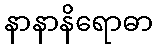
နာနာနိရောဓာ